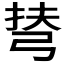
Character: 𢏪